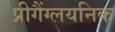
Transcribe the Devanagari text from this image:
प्रीगैंग्लयनिक